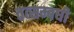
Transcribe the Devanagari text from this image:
तत्सम्बधी